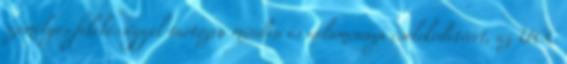
személyes felelősséggel tartozva minden és valamennyi cselekedetéért, az UCC